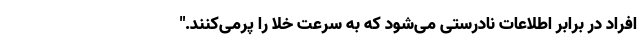
افراد در برابر اطلاعات نادرستی می‌شود که به سرعت خلا را پر‌می‌کنند."